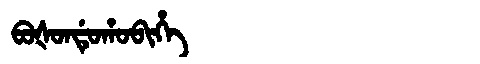
Manchu: ᠪᠣᡧᠣᠨᡩᡠᡥᠣᠪᡳᡥᡝ
Romanization: BOŠONDUHOBIHE